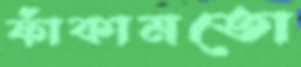
ফাঁকামতো